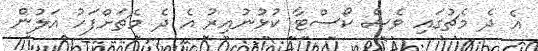
އެ ދެ މެޗުގައި ވެސް ކޯސްޓާ ކުޅުނުއިރު އެ ދެ މެޗަށްފަހު އަލުން